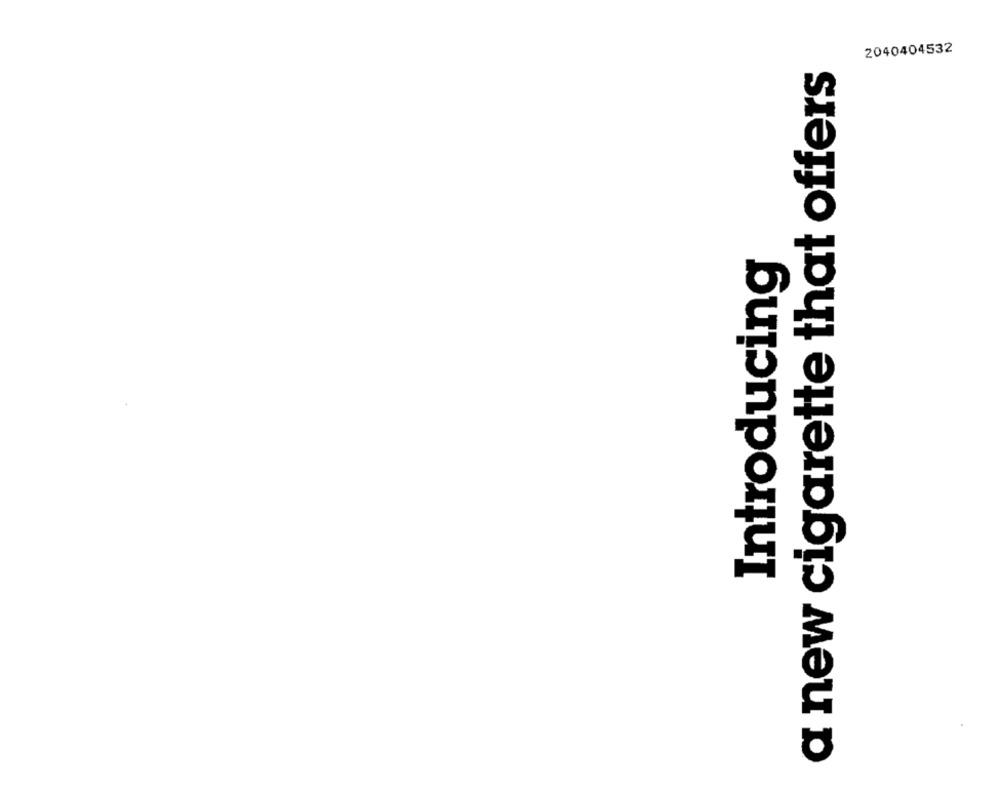
2040404532
a new cigarette that offers
Introducing